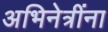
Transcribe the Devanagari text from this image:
अभिनेत्रींना